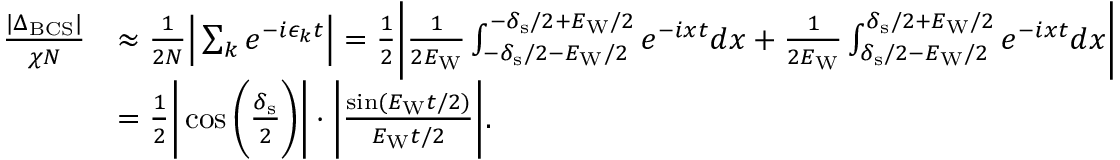
\begin{array} { r l } { \frac { | \Delta _ { \mathrm { B C S } } | } { \chi N } } & { \approx \frac { 1 } { 2 N } \Big | \sum _ { k } e ^ { - i \epsilon _ { k } t } \Big | = \frac { 1 } { 2 } \bigg | \frac { 1 } { 2 E _ { \mathrm { W } } } \int _ { - \delta _ { \mathrm { s } } / 2 - E _ { \mathrm { W } } / 2 } ^ { - \delta _ { \mathrm { s } } / 2 + E _ { \mathrm { W } } / 2 } e ^ { - i x t } d x + \frac { 1 } { 2 E _ { \mathrm { W } } } \int _ { \delta _ { \mathrm { s } } / 2 - E _ { \mathrm { W } } / 2 } ^ { \delta _ { \mathrm { s } } / 2 + E _ { \mathrm { W } } / 2 } e ^ { - i x t } d x \bigg | } \\ & { = \frac { 1 } { 2 } \bigg | \cos \bigg ( \frac { \delta _ { \mathrm { s } } } { 2 } \bigg ) \bigg | \cdot \bigg | \frac { \sin ( E _ { \mathrm { W } } t / 2 ) } { E _ { \mathrm { W } } t / 2 } \bigg | . } \end{array}